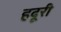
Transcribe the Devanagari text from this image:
हदूरी